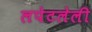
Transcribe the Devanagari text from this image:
लपेटलेली